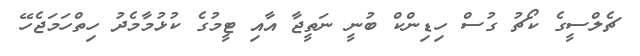
ޗެލްސީގެ ކޯޗު ގުސް ހިޑިންކް ބުނީ ނަތީޖާ އާއި ޓީމުގެ ކުޅުމާމެދު ހިތްހަމަޖެހޭ